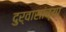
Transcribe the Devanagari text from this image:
दुर्वासांच्या